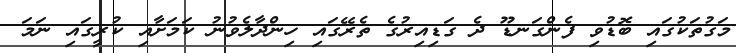
މަގުތަކުގައި ބޮޑުވި ފެންގަނޑޫ ދެ ގަޑިއިރުގެ ތެރޭގައި ހިންދާލެވުނު ކަމަށާއި ކުރީގައި ނަމަ